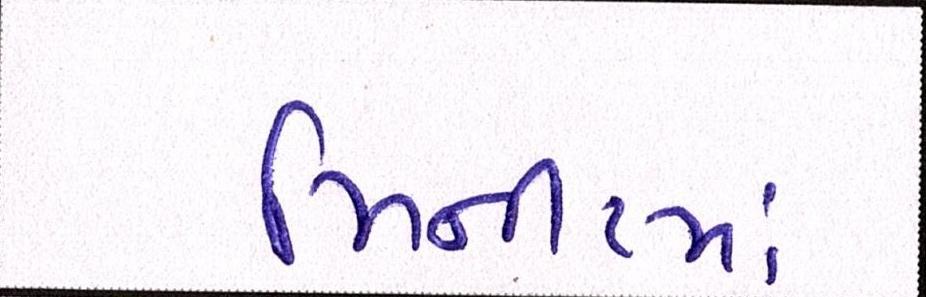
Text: મિનીટમાં